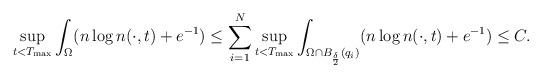
LaTeX: \begin{align*}\sup_{t<T_{\rm max}} \int_{\Omega } (n\log n(\cdot,t)+e^{-1}) \le \sum_{i=1}^{N}\sup_{t<T_{\rm max}} \int_{\Omega\cap B_{\frac{\delta}{2}}(q_{i})} (n\log n(\cdot,t)+e^{-1})\le C.\end{align*}